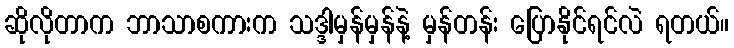
ဆိုလိုတာက ဘာသာစကားက သဒ္ဒါမှန်မှန်နဲ့ မှန်တန်း ပြောနိုင်ရင်လဲ ရတယ်။